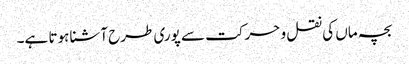
بچہ ماں کی نقل و حرکت سے پوری طرح آشنا ہوتا ہے۔